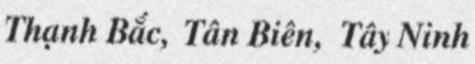
Thạnh Bắc, Tân Biên, Tây Ninh